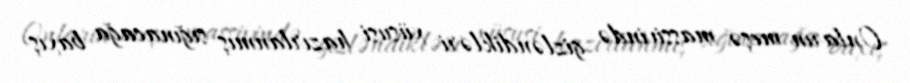
Onların meşə massivində gizləndikləri xüsusi hazırlanmış sığınacağa baxış